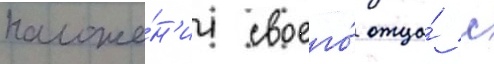
положе́н'ии своего́ отца́ с